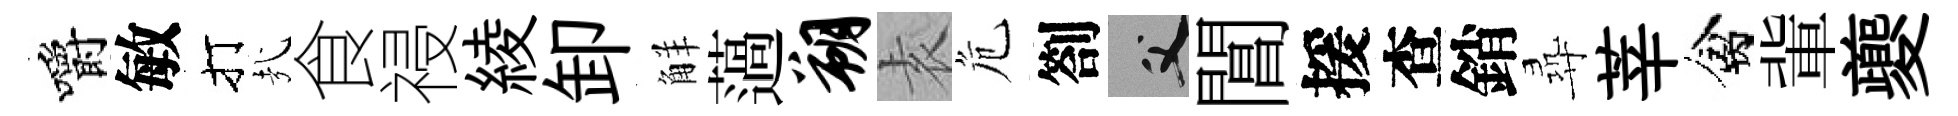
嚼敏打㢤食祲綾卸觧薖朔𡊮危劄父閶援查銷尋莘禽軰夔